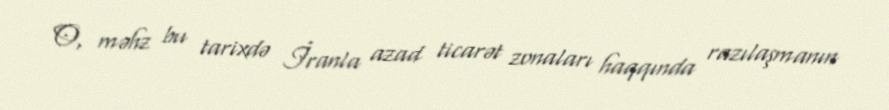
O, məhz bu tarixdə İranla azad ticarət zonaları haqqında razılaşmanın